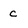
Character: c